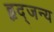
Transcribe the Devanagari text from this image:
हृद्जन्‍य